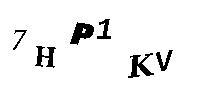
7HP1KV